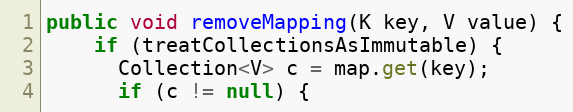
Language: Java
public void removeMapping(K key, V value) {
    if (treatCollectionsAsImmutable) {
      Collection<V> c = map.get(key);
      if (c != null) {